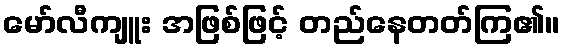
မော်လီကျူး အဖြစ်ဖြင့် တည်နေတတ်ကြ၏။